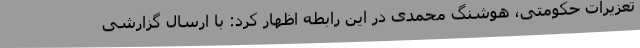
تعزیرات حکومتی، هوشنگ محمدی در این رابطه اظهار کرد: با ارسال گزارشی